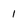
Character: l